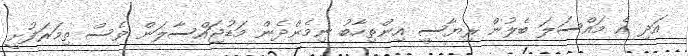
އަދި އެ މައްސަލަ ބެލުން ރިޔާސީ އިންތިހާބު ނިމެންދެން މަޑުޖައްސާލަން ވެސް ތިމަރަފުށީ